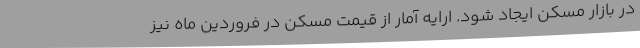
در بازار مسکن ایجاد شود. ارایه آمار از قیمت مسکن در فروردین ماه نیز